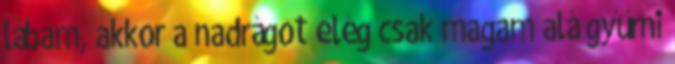
lábam, akkor a nadrágot elég csak magam alá gyűrni